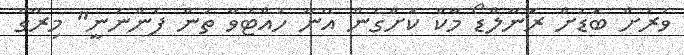
ވަރަށް ބޮޑަށް ރޮނާލްޑޯ މާކް ކޮށްގެން އޭނާ ހުއްޓުވާ ތަން ފެންނަނީ" މިރޭގެ